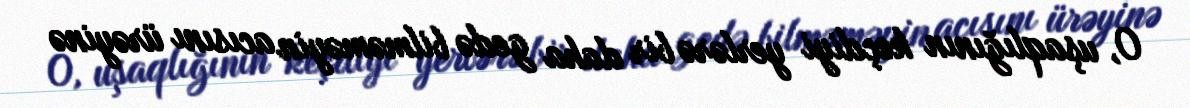
O, uşaqlığının keçdiyi yerlərə bir daha gedə bilməməyin acısını ürəyinə